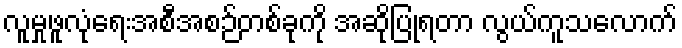
လူမှုဖူလုံရေးအစီအစဉ်တစ်ခုကို အဆိုပြုရတာ လွယ်ကူသလောက်